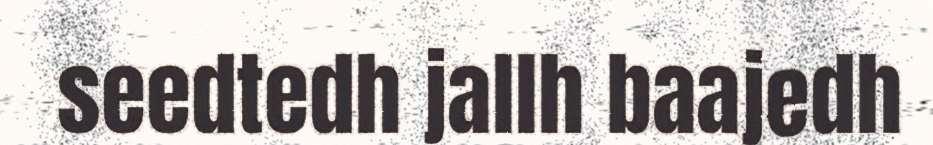
seedtedh jallh baajedh